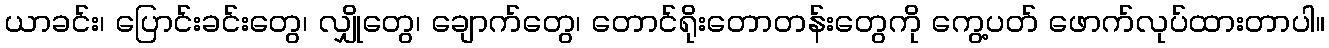
ယာခင်း၊ ပြောင်းခင်းတွေ၊ လျှိုတွေ၊ ချောက်တွေ၊ တောင်ရိုးတောတန်းတွေကို ကွေ့ပတ် ဖောက်လုပ်ထားတာပါ။